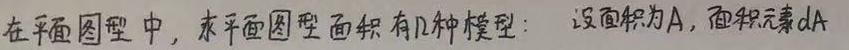
在平面图形中，求平面图形面积有几种模型：设面积为$A$，面积元素$dA$